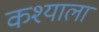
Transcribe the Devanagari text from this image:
कश्याला